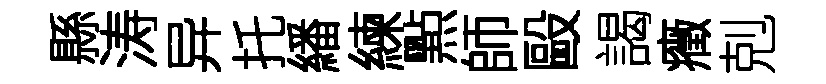
縣涛异托繙練㸃師毆謁癥剋